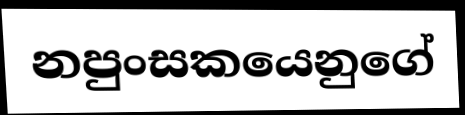
නපුංසකයෙනුගේ